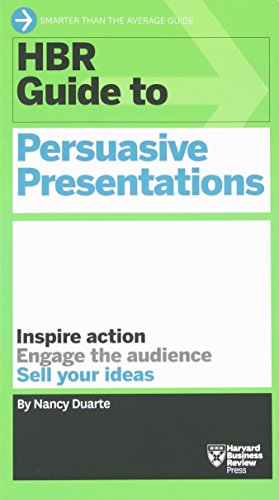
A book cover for HBR Guide to Persuasive Presentations (HBR Guide Series) (Harvard Business Review Guides); Nancy Duarte; Business & Money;